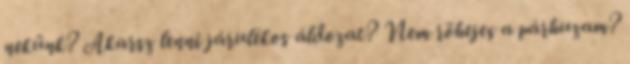
nekünk? Akarsz lenni járulékos áldozat? Nem röhejes a párhuzam?